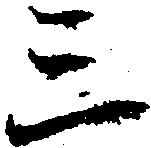
三